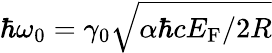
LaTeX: \hbar\omega_{0}=\gamma_{0}\sqrt{\alpha\hbar cE_{\mathrm{F}}/2R}